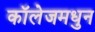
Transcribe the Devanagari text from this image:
कॉलेजमधुन